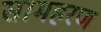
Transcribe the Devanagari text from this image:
सामहरण